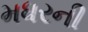
મધરની